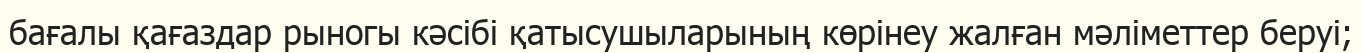
бағалы қағаздар рыногы кәсібі қатысушыларының көрінеу жалған мәліметтер беруі;